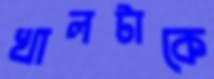
খালটাকে